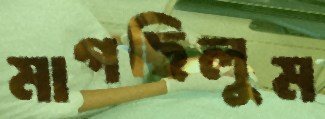
মাগছিলুম